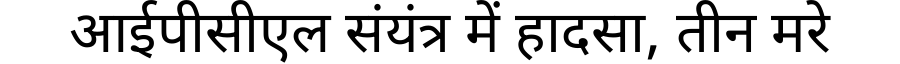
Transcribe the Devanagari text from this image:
आईपीसीएल संयंत्र में हादसा, तीन मरे